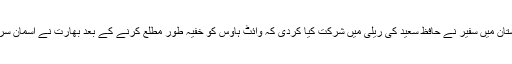
اب تو حالات اس قدر گھمبیر ہوگئے ہیں کہ فلسطین کے پاکستان میں سفیر نے حافظ سعید کی ریلی میں شرکت کیا کردی کہ وائٹ ہاؤس کو خفیہ طور مطلع کرنے کے بعد بھارت نے آسمان سر پراُٹھایا اور فلسطین نے سفیر کو گھر واپسی کا حکم سنا دیا۔